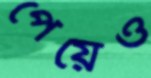
পেয়েও